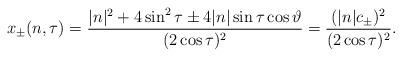
LaTeX: \begin{align*}x_{\pm}(n,\tau)=\frac{|n|^2+4\sin^2\tau\pm4|n|\sin\tau\cos\vartheta}{(2\cos\tau)^{2}}=\frac{(|n|c_{\pm})^2}{(2\cos\tau)^{2}}.\end{align*}